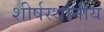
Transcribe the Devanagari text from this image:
शीर्षस्थानीय